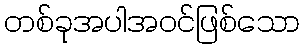
တစ်ခုအပါအဝင်ဖြစ်သော